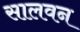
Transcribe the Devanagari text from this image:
सालवन